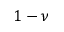
1 - \nu